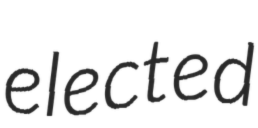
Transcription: elected